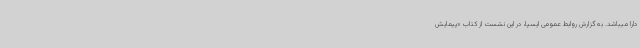
دارا میباشد. به گزارش روابط عمومی ایسپا، در این نشست از کتاب «پیمایش